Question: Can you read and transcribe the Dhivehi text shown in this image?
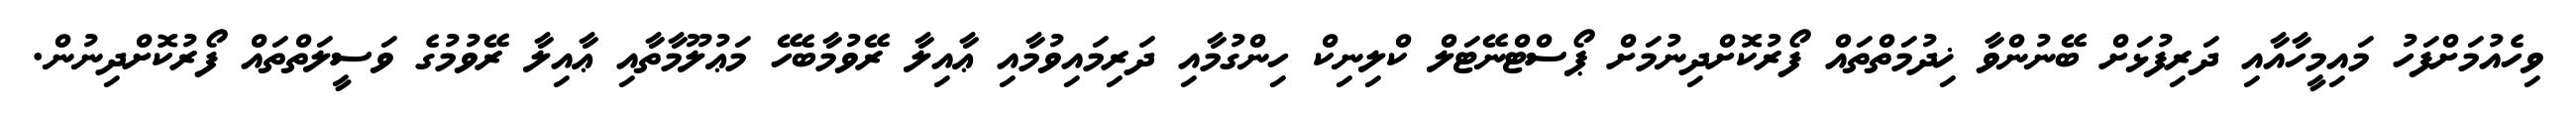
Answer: ވިހެއުމަށްފަހު މައިމީހާއާއި ދަރިފުޅަށް ބޭނުންވާ ޚިދުމަތްތައް ފޯރުކޮށްދިނުމަށް ޕޯސްޓްނޭޓަލް ކްލިނިކް ހިންގުމާއި ދަރިމައިވުމާއި ޢާއިލާ ރޭވުމާބެހޭ މަޢުލޫމާތާއި ޢާއިލާ ރޭވުމުގެ ވަސީލަތްތައް ފޯރުކޮށްދިނުން.